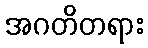
အဂတိတရား